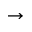
\to